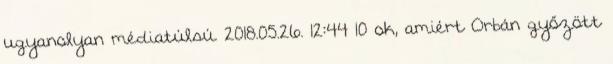
ugyanolyan médiatúlsú. 2018.05.26. 12:44 10 ok, amiért Orbán győzött